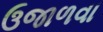
ઉજાળવા